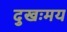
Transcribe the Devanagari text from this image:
दुखःमय